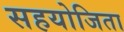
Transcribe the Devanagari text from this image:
सहयोजिता